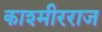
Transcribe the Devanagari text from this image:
काश्मीरराज